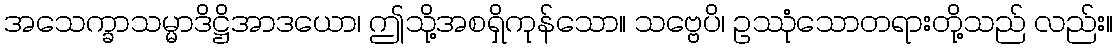
အသေက္ခာသမ္မာဒိဋ္ဌိအာဒယော၊ ဤသို့အစရှိကုန်သော။ သဗ္ဗေပိ၊ ဥဿုံသောတရားတို့သည် လည်း။